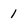
Character: 1